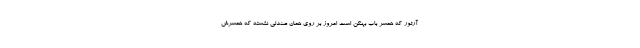
‌آرتور که همسر باب بهنکن است امروز بر روی همان صندلی نشسته که همسرش